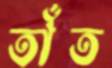
তাঁত